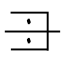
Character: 𠃠